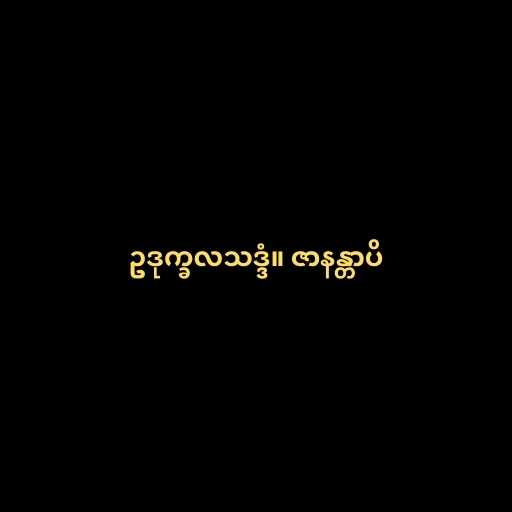
ဥဒုက္ခလသဒ္ဒံ။ ဇာနန္တာပိ